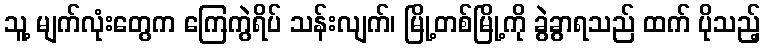
သူ့ မျက်လုံးတွေက ကြေကွဲရိပ် သန်းလျက်၊ မြို့တစ်မြို့ကို ခွဲခွာရသည် ထက် ပိုသည့်